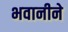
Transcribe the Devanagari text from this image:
भवानीने